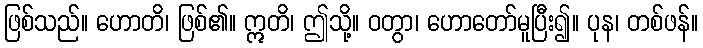
ဖြစ်သည်။ ဟောတိ၊ ဖြစ်၏။ ဣတိ၊ ဤသို့။ ဝတွာ၊ ဟောတော်မူပြီး၍။ ပုန၊ တစ်ဖန်။